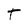
Character: T